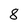
Character: 8